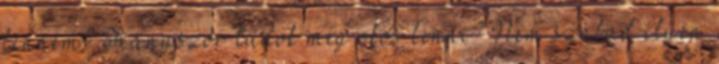
lennem? Hányszor tudok még okos lenni? Nem szabad ilyen